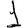
Digit: 1